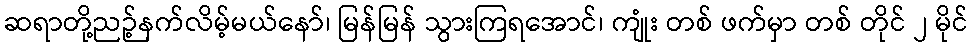
ဆရာတို့ညဉ့်နက်လိမ့်မယ်နော်၊ မြန်မြန် သွားကြရအောင်၊ ကျုံး တစ် ဖက်မှာ တစ် တိုင် ၂ မိုင်